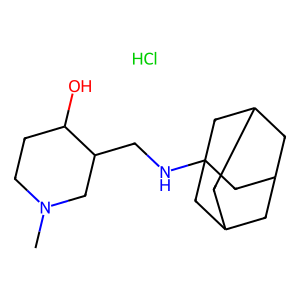
SMILES: CN1CCC(O)C(CNC23CC4CC(CC(C4)C2)C3)C1.Cl
Inhibits HIV replication: Yes